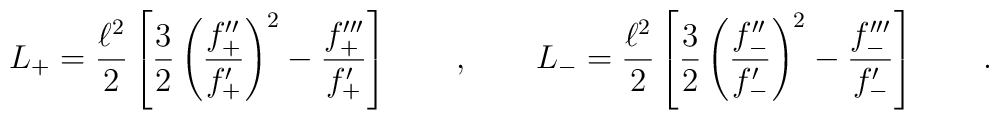
L_+= \frac {\ell^2} 2 \left [\frac 3 2 \left ( \frac {f''_+}{ f'_+} \right ) ^2-  \frac { f'''_+}{ f'_+} \right ] \qquad , \qquad L_-= \frac {\ell^2} 2 \left [\frac 3 2 \left ( \frac {f''_-}{ f'_-} \right ) ^2-  \frac { f'''_-}{ f'_-} \right ] \qquad .